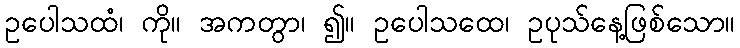
ဥပေါသထံ၊ ကို။ အကတွာ၊ ၍။ ဥပေါသထေ၊ ဥပုသ်နေ့ဖြစ်သော။